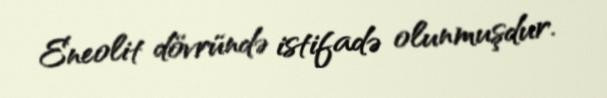
Eneolit dövründə istifadə olunmuşdur.